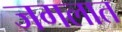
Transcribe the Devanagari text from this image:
जगलात